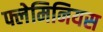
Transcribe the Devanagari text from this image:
फ्लेमिनियस